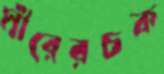
মীরেরচক